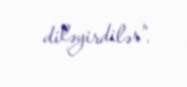
diləyirdilər”.